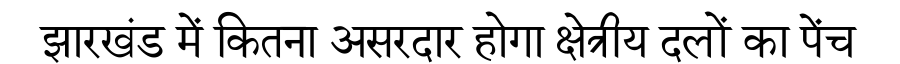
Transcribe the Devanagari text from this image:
झारखंड में कितना असरदार होगा क्षेत्रीय दलों का पेंच